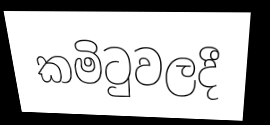
කමිටුවලදී